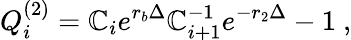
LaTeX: Q_{i}^{(2)}=\mathbb{C}_{i}e^{r_{b}\Delta}\mathbb{C}_{i+1}^{-1}e^{-r_{2}\Delta}-1\ ,